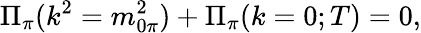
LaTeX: {\Pi}_{\pi}(k^{2}=m_{0\pi}^{2})+{\Pi}_{\pi}(k=0;T)=0,